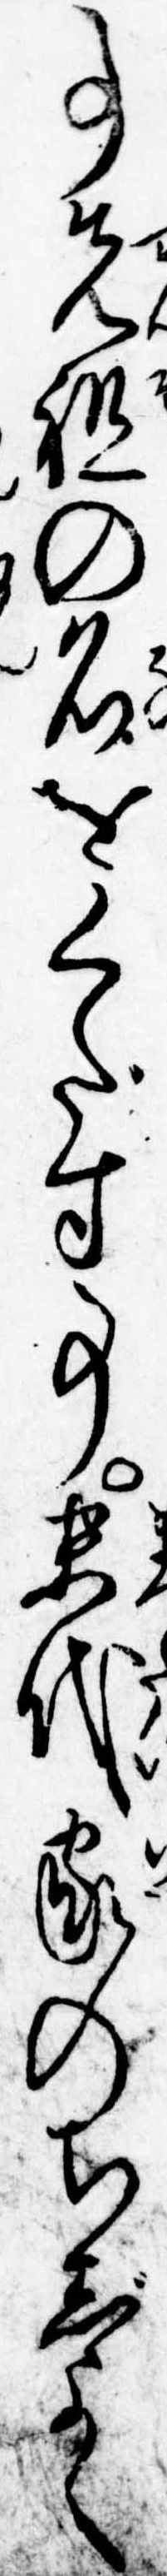
事先祖の名をくだす事末代家のちじよく